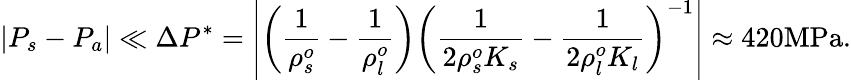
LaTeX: |P_{s}-P_{a}|\ll\Delta P^{*}=\left|\left(\frac{1}{\rho_{s}^{o}}-\frac{1}{\rho_{l}^{o}}\right)\left(\frac{1}{2\rho_{s}^{o}K_{s}}-\frac{1}{2\rho_{l}^{o}K_{l}}\right)^{-1}\right|\approx 420\mathrm{MPa}.